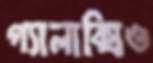
গ্যালাক্সিও